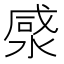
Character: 𭱡